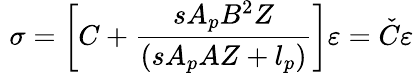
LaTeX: \, \, \sigma=\left[C+\frac{sA_{p}B^{2}Z}{\left(sA_{p}AZ+l_{p}\right)}\right]\varepsilon=\check{C}\varepsilon